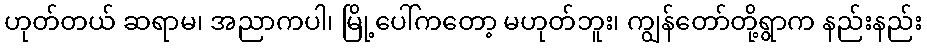
ဟုတ်တယ် ဆရာမ၊ အညာကပါ၊ မြို့ပေါ်ကတော့ မဟုတ်ဘူး၊ ကျွန်တော်တို့ရွာက နည်းနည်း